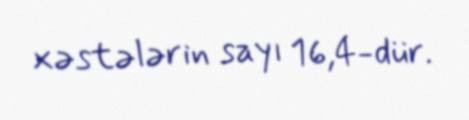
xəstələrin sayı 16,4-dür.